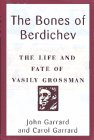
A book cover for The Bones of Berdichev: The Life and Fate of Vasily Grossman; John Garrard; Biographies & Memoirs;